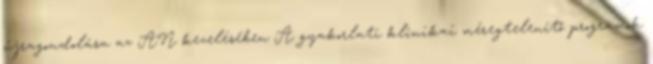
újragondolása az AN kezelésében A gyakorlati klinikai méregtelenítő programok